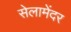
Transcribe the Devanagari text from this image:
सेलामेंदर